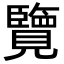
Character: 覽